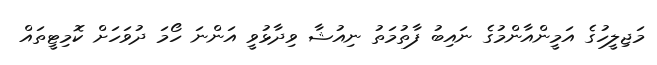
މަޖިލީހުގެ އަމީންއާންމުގެ ނައިބު ފާތުމަތު ނިއުޝާ ވިދާޅުވީ އަންނަ ހޯމަ ދުވަހަށް ކޮމިޓީތައް